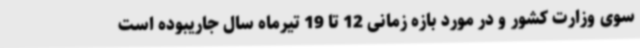
سوی وزارت کشور و در مورد بازه زمانی 12 تا 19 تیرماه سال جاریبوده است